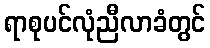
ရာစုပင်လုံညီလာခံတွင်